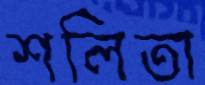
শলিতা